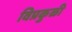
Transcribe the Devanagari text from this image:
विप्रकुळी